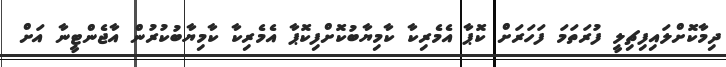
ދިމާކޮށްލައިފިޗިލީ ފުރަތަމަ ފަހަރަށް ކޮޕާ އެމެރިކާ ކާމިޔާބުކޮށްފިކޮޕާ އެމެރިކާ ކާމިޔާބުކުރުން އާޖެންޓީނާ އަށް